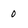
Character: 0